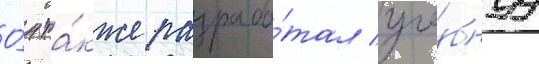
О́н та́кже разрабо́тал уче́бнуу